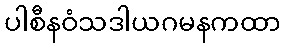
ပါစီနဝံသဒါယဂမနကထာ